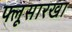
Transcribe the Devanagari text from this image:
फ्लूसारखा